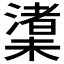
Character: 𪳼